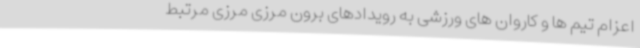
اعزام تیم ها و کاروان های ورزشی به رویدادهای برون مرزی مرزی مرتبط